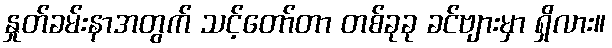
နှုတ်ခမ်းနာအတွက် သင့်တော်တာ တစ်ခုခု ခင်ဗျားမှာ ရှိလား။